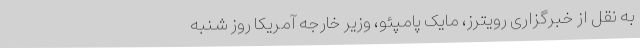
به نقل از خبرگزاری رویترز، مایک پامپئو، وزیر خارجه آمریکا روز شنبه